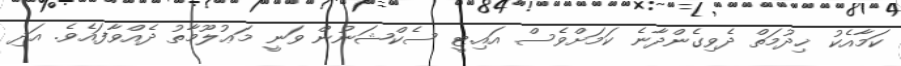
ކަމާއެކު ޚިދުމަތް ދެވިގެންދާނެ ކަމަށްވެސް އައި.ޓީ ސެކްޝަނުން ވަނީ މަޢުލޫމާތު ދެއްވާފައެވެ. އަދި